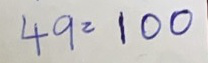
49 = 100